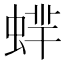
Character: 蝆